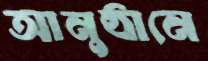
আনুষ্ঠানে